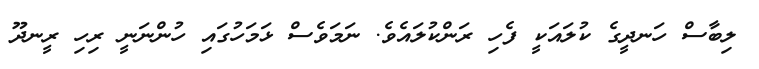
ލިބާސް ހަނދީގެ ކުލައަކީ ފެހި ރަންކުލައެވެ. ނަމަވެސް ޅަމަހުގައި ހުންނަނީ ރިހި ރީނދޫ